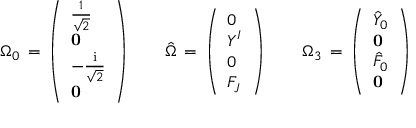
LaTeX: \Omega _ { 0 } \, = \, \left( \begin{array} { l } { { { \frac { 1 } { \sqrt { 2 } } } } } \\ { { { \bf 0 } } } \\ { { - { \frac { \mathrm { i } } { \sqrt { 2 } } } } } \\ { { { \bf 0 } } } \end{array} \right) \qquad { \hat { \Omega } } \, = \, \left( \begin{array} { l } { { 0 } } \\ { { Y ^ { I } } } \\ { { 0 } } \\ { { F _ { J } } } \end{array} \right) \qquad \Omega _ { 3 } \, = \, \left( \begin{array} { l } { { { \hat { Y } } _ { 0 } } } \\ { { { \bf 0 } } } \\ { { { \hat { F } } _ { 0 } } } \\ { { { \bf 0 } } } \end{array} \right)